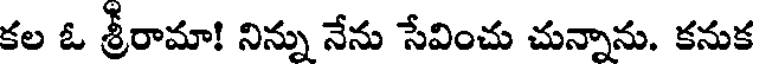
కల ఓ శ్రీరామా! నిన్ను నేను సేవించు చున్నాను. కనుక